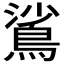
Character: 𬷙